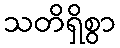
သတိရှိစွာ